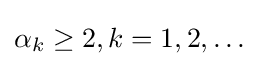
\alpha _{k}\geq 2,k=1,2,\dots